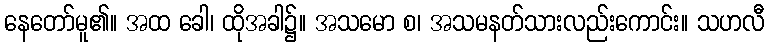
နေတော်မူ၏။ အထ ခေါ၊ ထိုအခါ၌။ အသမော စ၊ အသမနတ်သားလည်းကောင်း။ သဟလီ